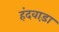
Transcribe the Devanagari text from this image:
हंदवाड़ा